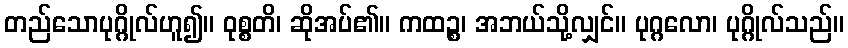
တည်သောပုဂ္ဂိုလ်ဟူ၍။ ဝုစ္စတိ၊ ဆိုအပ်၏။ ကထဉ္စ၊ အဘယ်သို့လျှင်။ ပုဂ္ဂလော၊ ပုဂ္ဂိုလ်သည်။